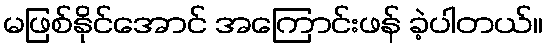
မဖြစ်နိုင်အောင် အကြောင်းဖန် ခဲ့ပါတယ်။